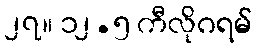
၂၇။ ၁၂.၅ ကီလိုဂရမ်